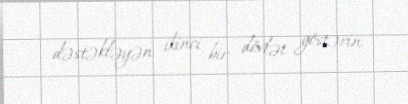
dəstəkləyən ikinci bir dövlət göstərin.